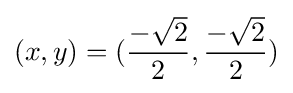
(x,y)=({\frac {-{\sqrt {2}}}{2}},{\frac {-{\sqrt {2}}}{2}})